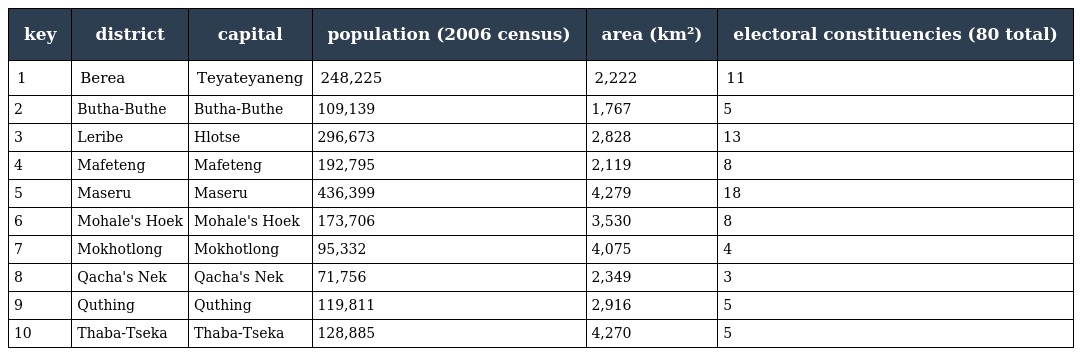
| key | district | capital | population (2006 census) | area (km²) | electoral constituencies (80 total) |
 | --- | --- | --- | --- | --- | --- |
 | 1 | Berea | Teyateyaneng | 248,225 | 2,222 | 11 |
 | 2 | Butha-Buthe | Butha-Buthe | 109,139 | 1,767 | 5 |
 | 3 | Leribe | Hlotse | 296,673 | 2,828 | 13 |
 | 4 | Mafeteng | Mafeteng | 192,795 | 2,119 | 8 |
 | 5 | Maseru | Maseru | 436,399 | 4,279 | 18 |
 | 6 | Mohale's Hoek | Mohale's Hoek | 173,706 | 3,530 | 8 |
 | 7 | Mokhotlong | Mokhotlong | 95,332 | 4,075 | 4 |
 | 8 | Qacha's Nek | Qacha's Nek | 71,756 | 2,349 | 3 |
 | 9 | Quthing | Quthing | 119,811 | 2,916 | 5 |
 | 10 | Thaba-Tseka | Thaba-Tseka | 128,885 | 4,270 | 5 |